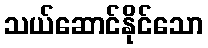
သယ်ဆောင်နိုင်သော